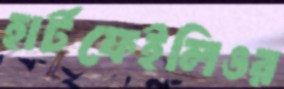
হার্টফেইলিওর